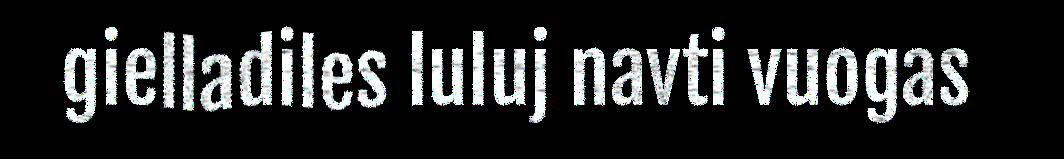
gielladiles luluj navti vuogas